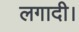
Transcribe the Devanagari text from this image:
लगादी।